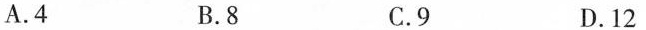
A.4 B.8 C.9 D.12